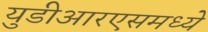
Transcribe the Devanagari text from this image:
युडीआरएसमध्ये